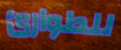
للطوارئ